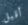
أقبل